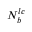
N _ { b } ^ { l c }